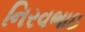
નિરવભાઇ